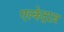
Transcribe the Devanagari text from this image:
एल्केट्राज़